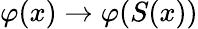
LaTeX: \varphi(x)\to\varphi(S(x))